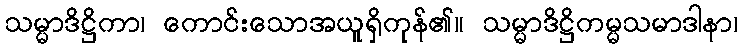
သမ္မာဒိဋ္ဌိကာ၊ ကောင်းသောအယူရှိကုန်၏။ သမ္မာဒိဋ္ဌိကမ္မသမာဒါနာ၊